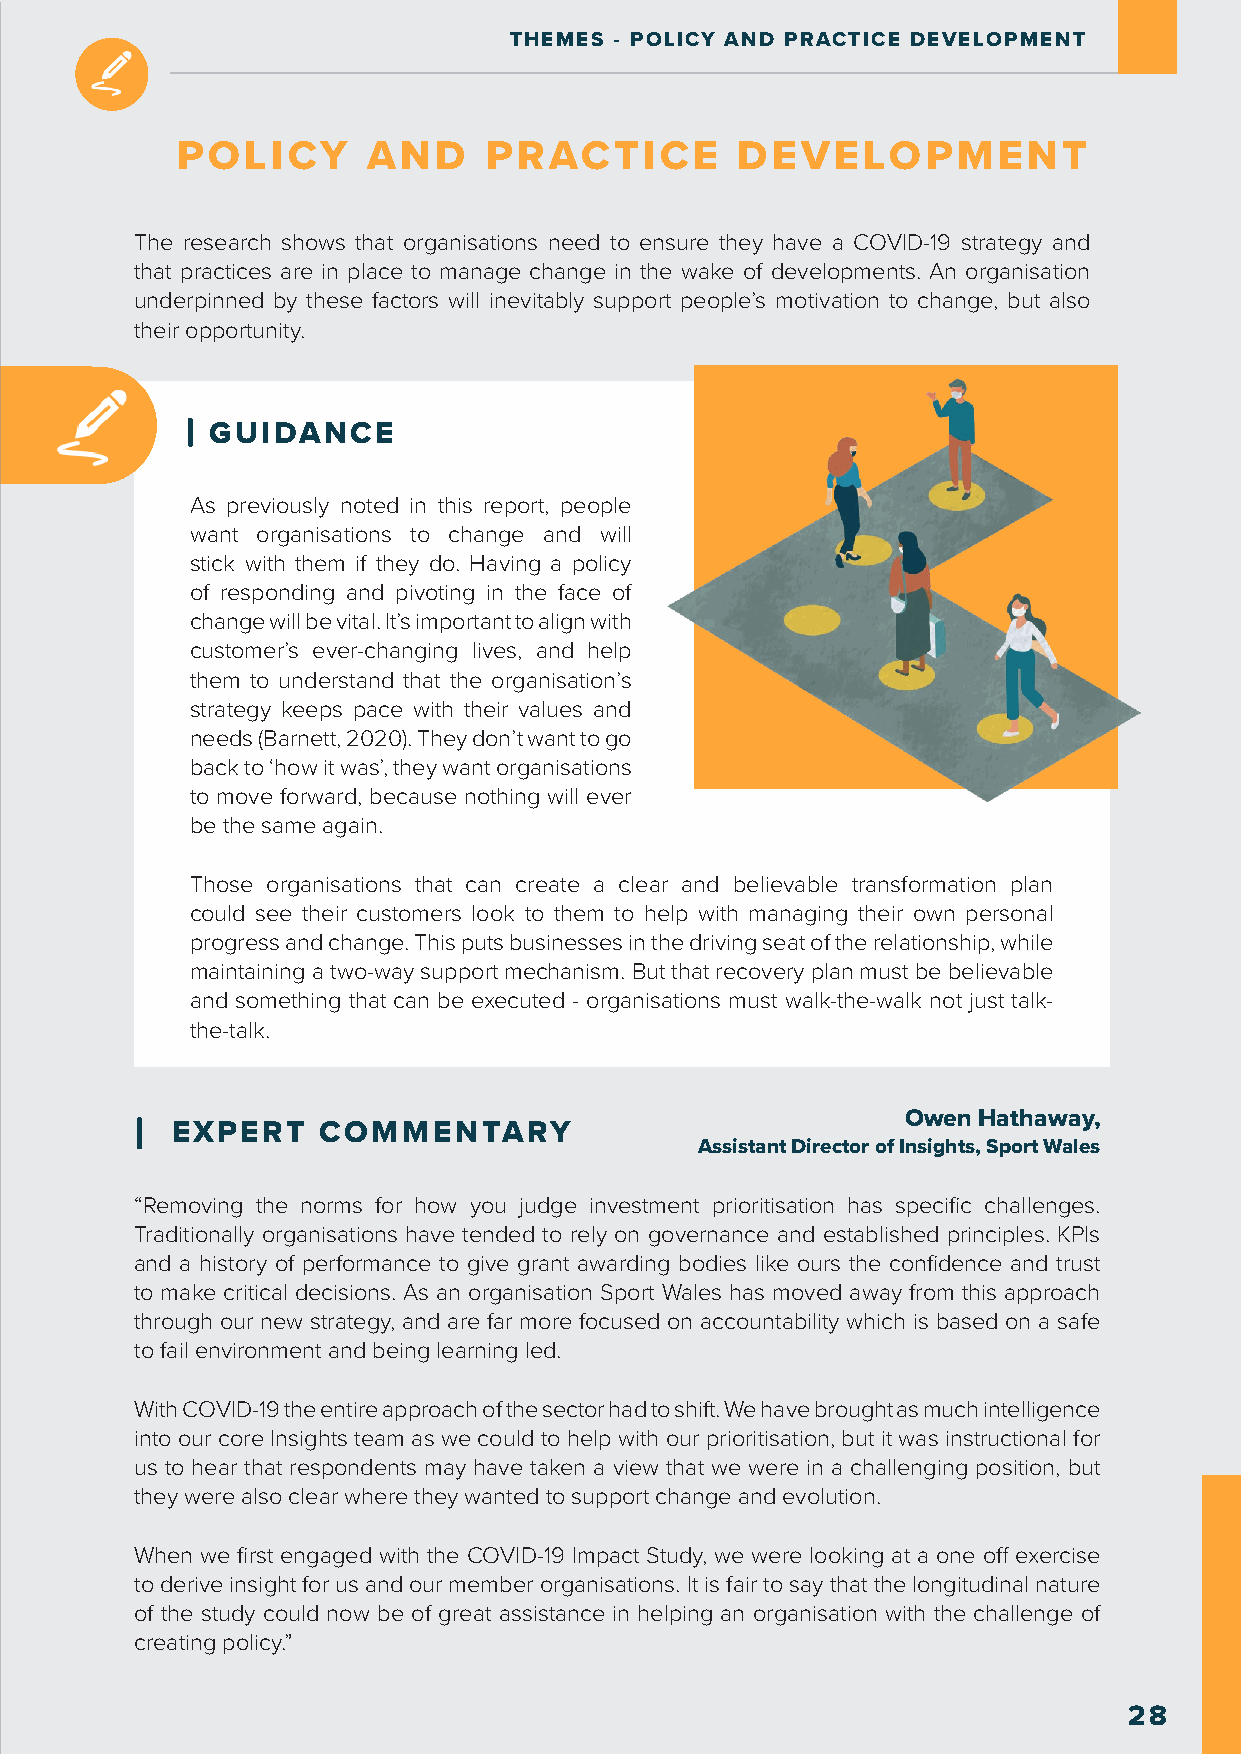
THEMES - POLICY AND PRACTICE DEVELOPMENT
 POLICY      AND     PRACTICE         DEVELOPMENT
 The research shows that organisations need to ensure they have a COVID-19 strategy and
 that practices are in place to manage change in the wake of developments. An organisation
 underpinned by these factors will inevitably support people’s motivation to change, but also
 their opportunity.
 GUIDANCE
 As previously noted in this report, people
 want organisations to change and will
 stick with them if they do. Having a policy
 of responding and pivoting in the face of
 change will be vital. It’s important to align with
 customer’s ever-changing lives, and help
 them to understand that the organisation’s
 strategy keeps pace with their values and
 needs (Barnett, 2020). They don’t want to go
 back to ‘how it was’, they want organisations
 to move forward, because nothing will ever
 be the same again.
 Those organisations that can create a clear and believable transformation plan
 could see their customers look to them to help with managing their own personal
 progress and change. This puts businesses in the driving seat of the relationship, while
 maintaining a two-way support mechanism. But that recovery plan must be believable
 and something that can be executed - organisations must walk-the-walk not just talk-
 the-talk.
 Owen Hathaway,
 EXPERT    COMMENTARY
 Assistant Director of Insights, Sport Wales
 “Removing the norms for how you judge investment prioritisation has specific challenges.
 Traditionally organisations have tended to rely on governance and established principles. KPIs
 and a history of performance to give grant awarding bodies like ours the confidence and trust
 to make critical decisions. As an organisation Sport Wales has moved away from this approach
 through our new strategy, and are far more focused on accountability which is based on a safe
 to fail environment and being learning led.
 With COVID-19 the entire approach of the sector had to shift. We have brought as much intelligence
 into our core Insights team as we could to help with our prioritisation, but it was instructional for
 us to hear that respondents may have taken a view that we were in a challenging position, but
 they were also clear where they wanted to support change and evolution.
 When we first engaged with the COVID-19 Impact Study, we were looking at a one off exercise
 to derive insight for us and our member organisations. It is fair to say that the longitudinal nature
 of the study could now be of great assistance in helping an organisation with the challenge of
 creating policy.”
 28